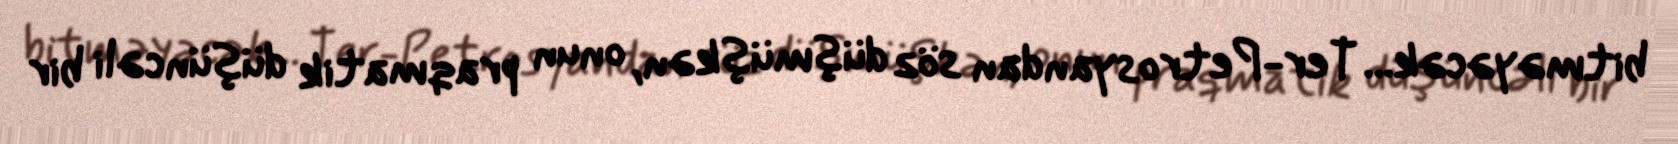
bitməyəcək... Ter-Petrosyandan söz düşmüşkən, onun praqmatik düşüncəli bir